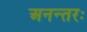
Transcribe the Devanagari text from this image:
अनन्तरः